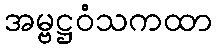
အမ္ဗဋ္ဌဝံသကထာ